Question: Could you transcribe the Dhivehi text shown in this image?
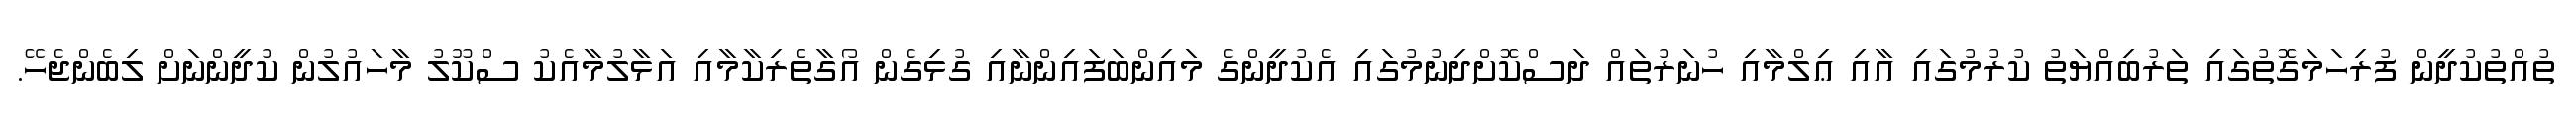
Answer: ތުއްތުކުދީން ފުރިހަމަގޮތުގައި ތަރުބިއްޔަތު ކުރުމުގައި އާއި ޢިލްމާއި ހުނަރުތައް ދަސްކޮށްދިނުމުގައި އެކުދީންގެ މައިންބަފައިންނާއި ގުޅިގެން އޯގާތެރިކާމާއި އަޅާލުމާއެކު ސްކޫލު މާހައުލުން ކުދީންނަށް ލިބެންޖެހޭ.